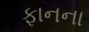
ફાનના